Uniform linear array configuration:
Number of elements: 48
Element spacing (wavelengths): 0.5
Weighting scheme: blackman
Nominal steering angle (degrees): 15
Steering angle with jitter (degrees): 16.645
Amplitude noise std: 0.05
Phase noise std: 0.05

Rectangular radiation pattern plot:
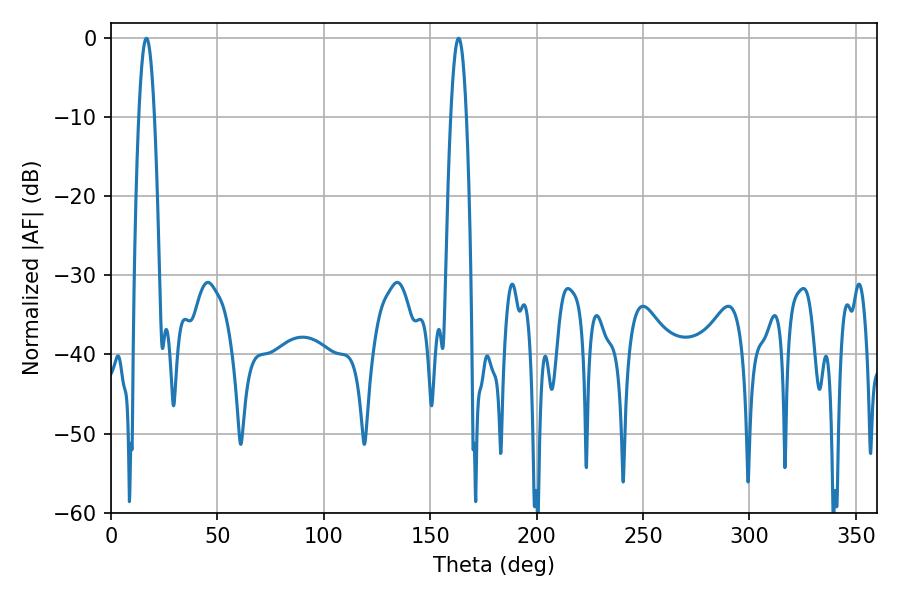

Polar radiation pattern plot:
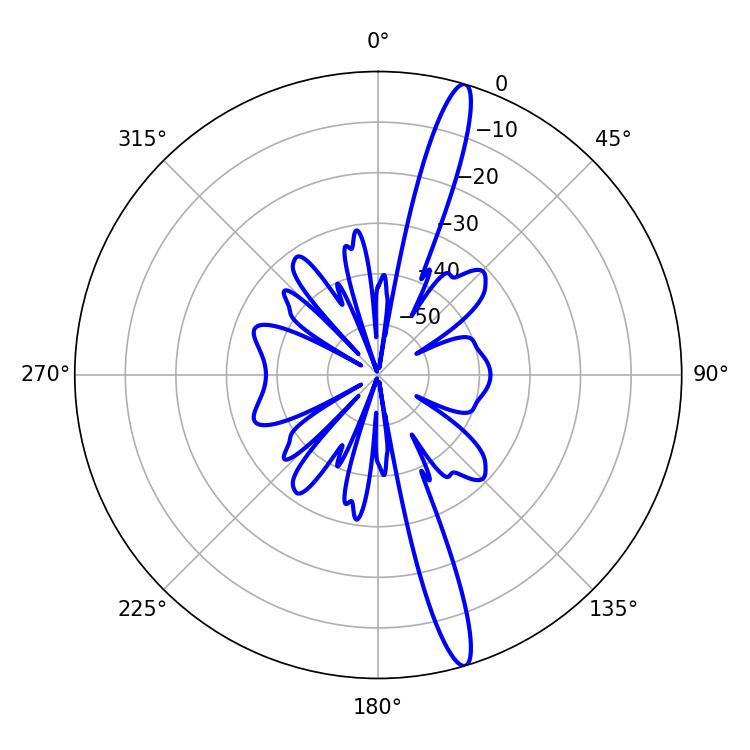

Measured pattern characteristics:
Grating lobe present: FALSE
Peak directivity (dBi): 16.587
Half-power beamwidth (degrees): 3.96
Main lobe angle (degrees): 16.74